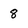
Character: 8